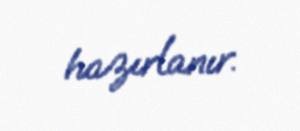
hazırlanır.